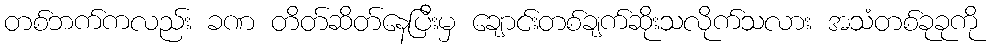
တစ်ဘက်ကလည်း ခဏ တိတ်ဆိတ်နေပြီးမှ ချောင်းတစ်ချက်ဆိုးသလိုက်သလား အသံတစ်ခုခုကို